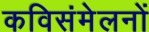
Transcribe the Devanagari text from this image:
कविसंमेलनों